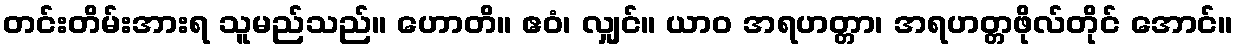
တင်းတိမ်းအားရ သူမည်သည်။ ဟောတိ။ ဧဝံ၊ လျှင်။ ယာဝ အရဟတ္တာ၊ အရဟတ္တဖိုလ်တိုင် အောင်။